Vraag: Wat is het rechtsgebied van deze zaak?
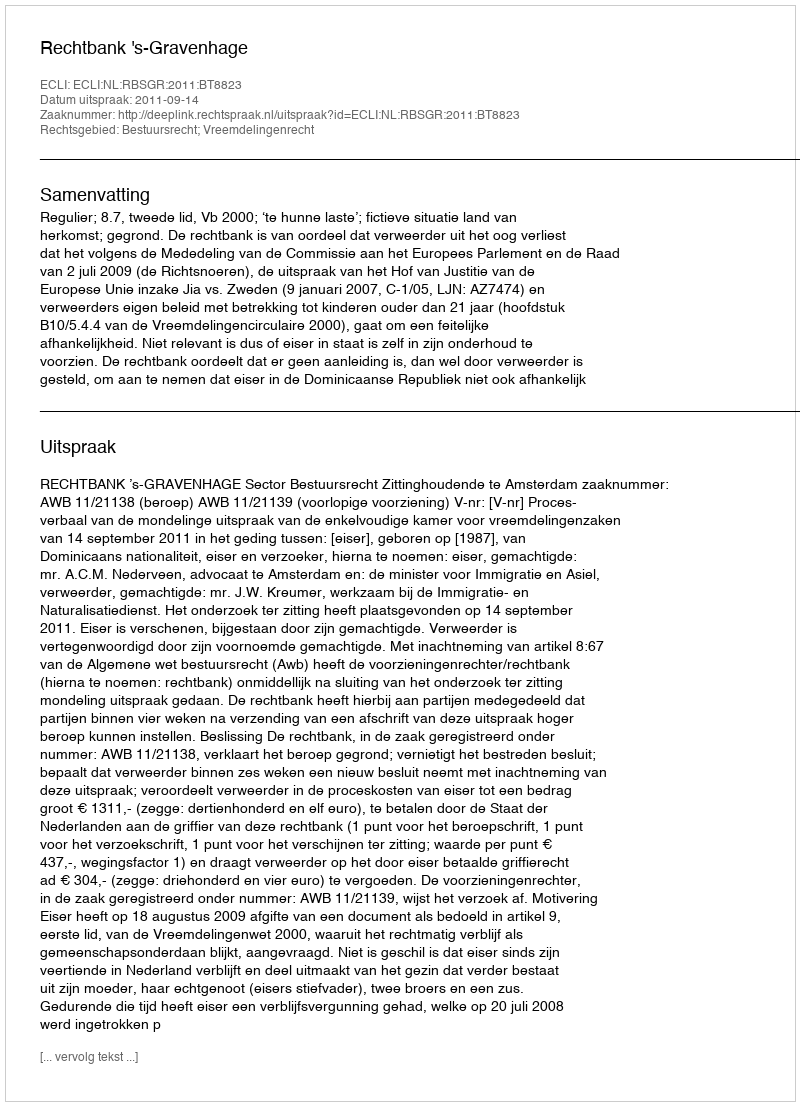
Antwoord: Bestuursrecht; Vreemdelingenrecht